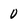
Character: 0